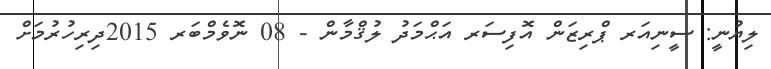
ލިޔުނީ: ސީނިއަރ ޕްރިޒަން އޮފިސަރ އަޙްމަދު ލުޤްމާން - 08 ނޮވެމްބަރ 2015ދިރިހުރުމަށް